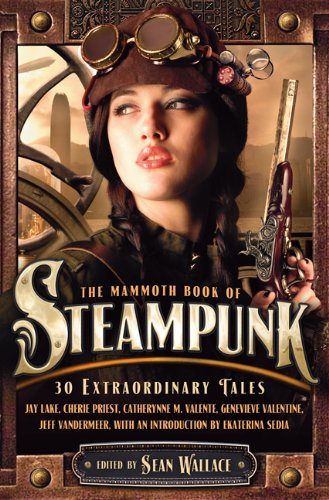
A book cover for The Mammoth Book of Steampunk; Science Fiction & Fantasy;